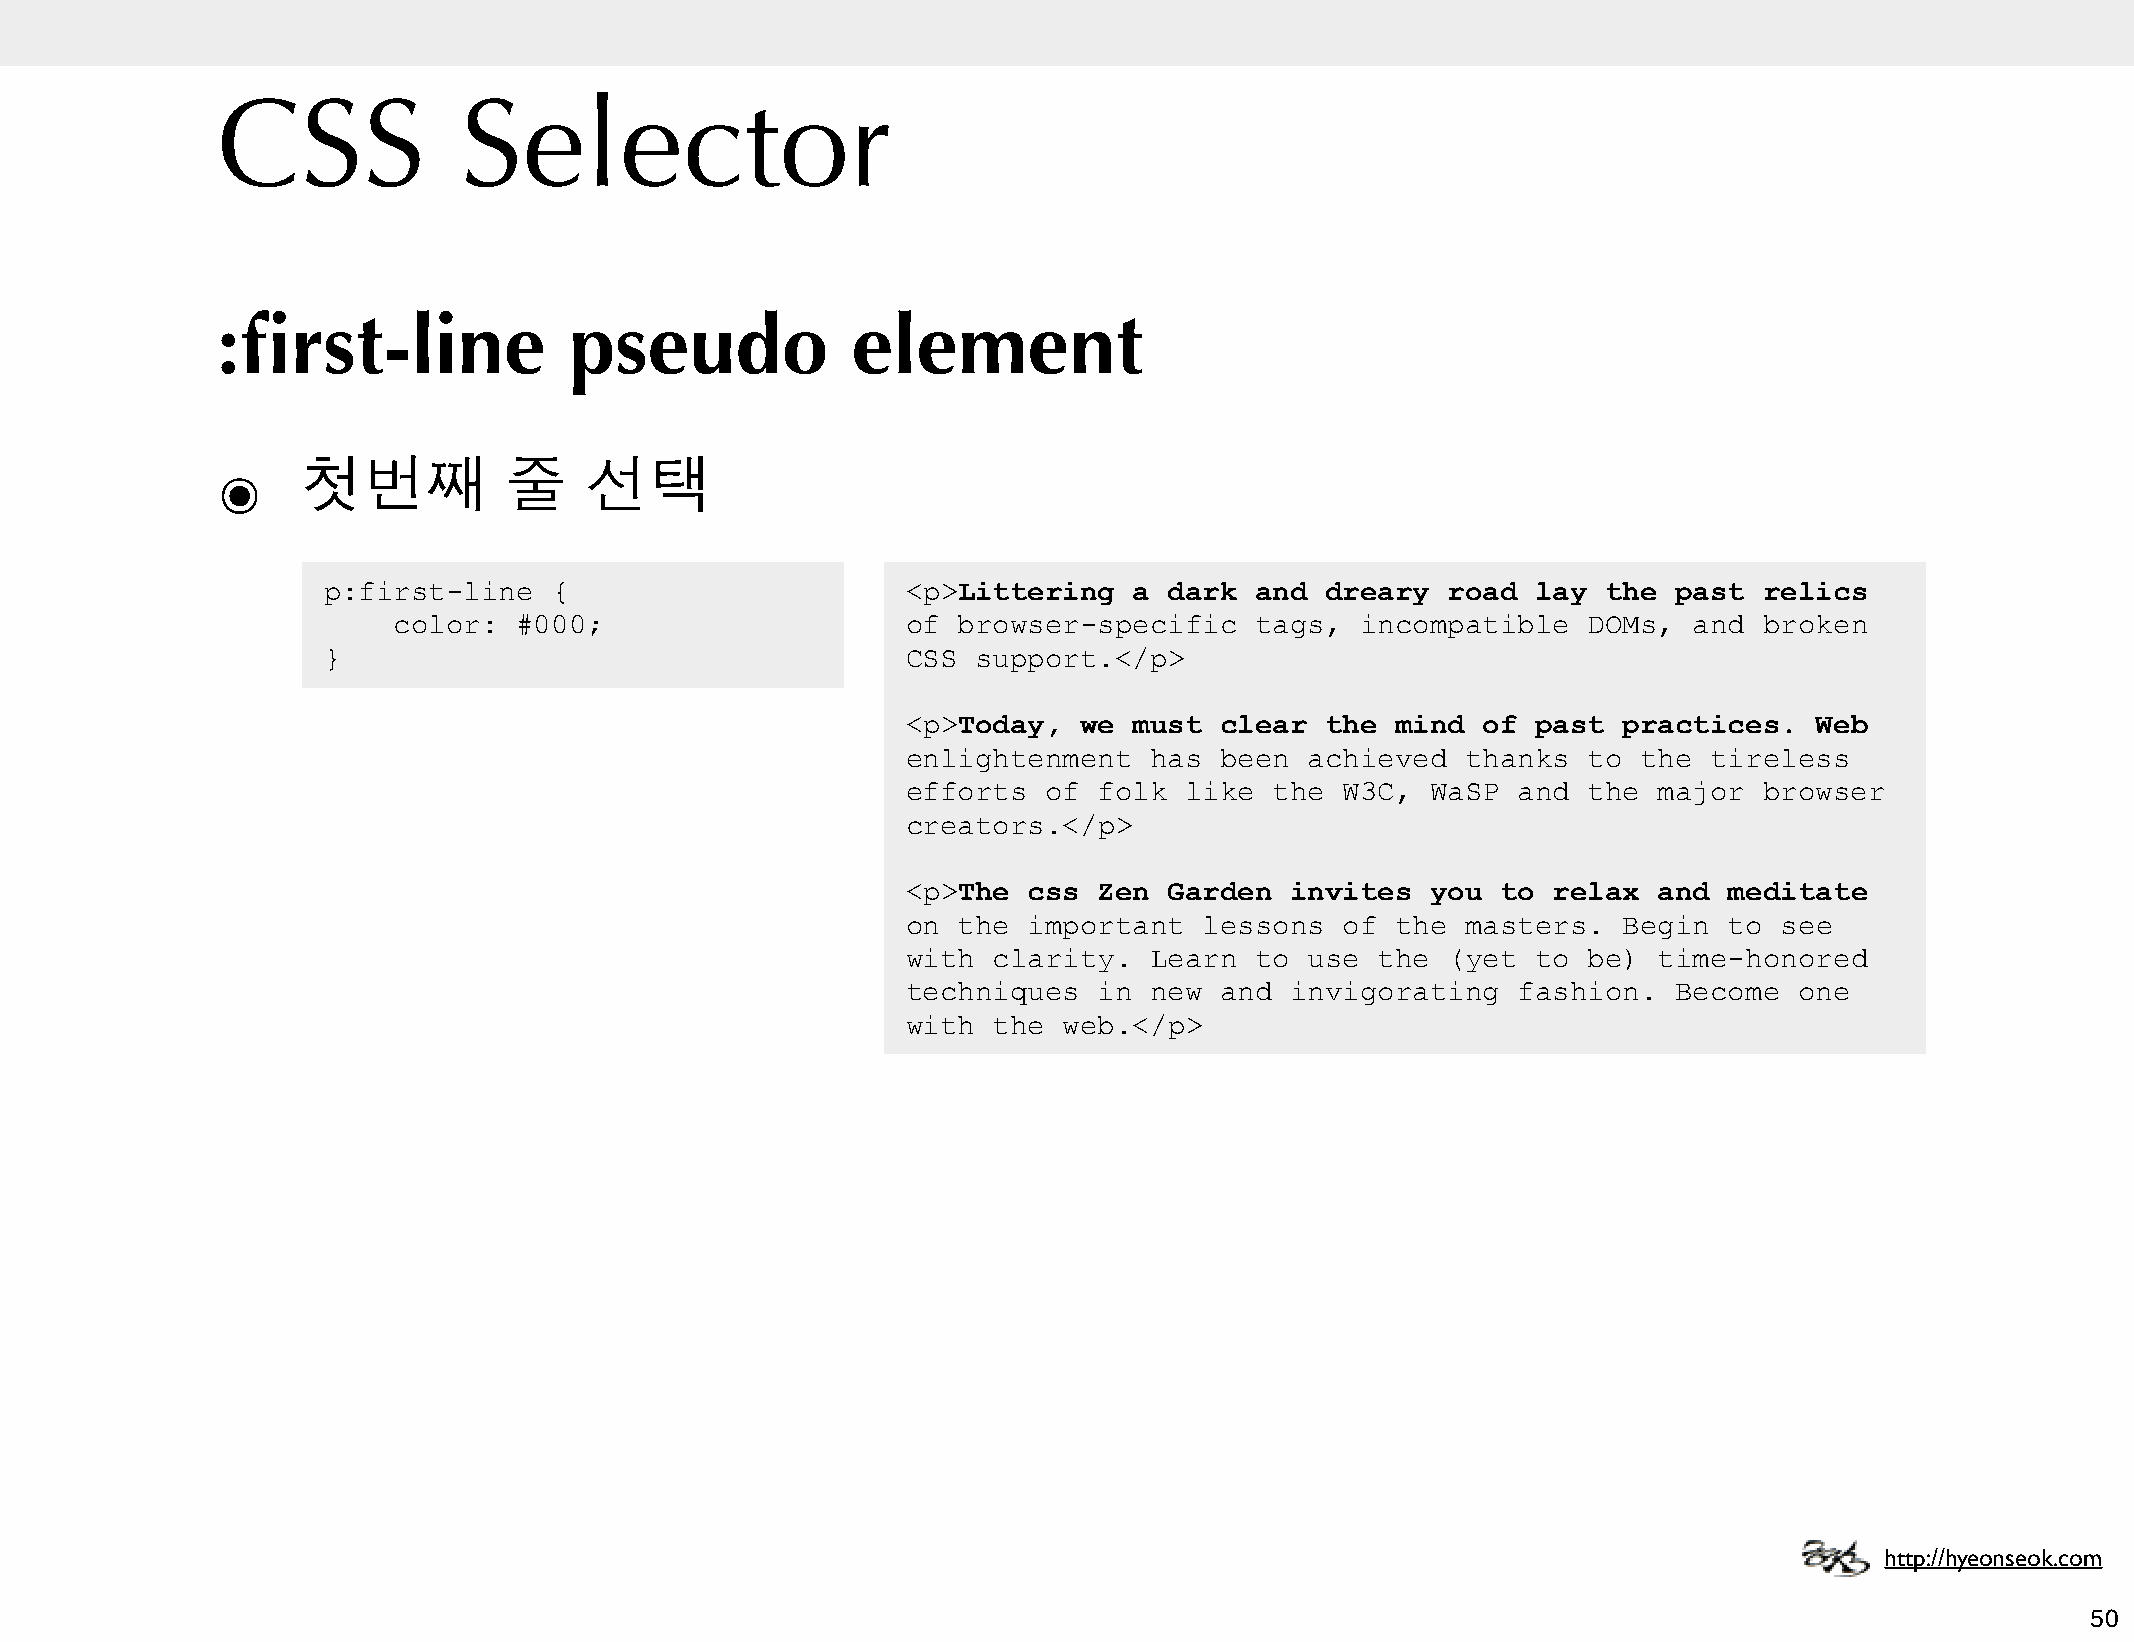
CSS             Selector
 :first-line             pseudo            element
 ๏     첫번째          줄     선택
 p:first-line    {                      <p>Littering   a dark  and  dreary  road  lay the  past  relics
 color:  #000;                     of browser-specific    tags,  incompatible   DOMs,  and  broken
 }                                      CSS  support.</p>
 <p>Today,   we must  clear  the mind  of  past practices.   Web
 enlightenment   has  been  achieved  thanks  to  the tireless
 efforts  of  folk like  the  W3C,  WaSP and  the  major  browser
 creators.</p>
 <p>The  css  Zen Garden  invites   you to  relax  and meditate
 on the  important   lessons  of the  masters.  Begin  to  see
 with  clarity.  Learn  to  use the  (yet  to be)  time-honored
 techniques   in new  and invigorating   fashion.   Become  one
 with  the web.</p>
 http://hyeonseok.com
 50